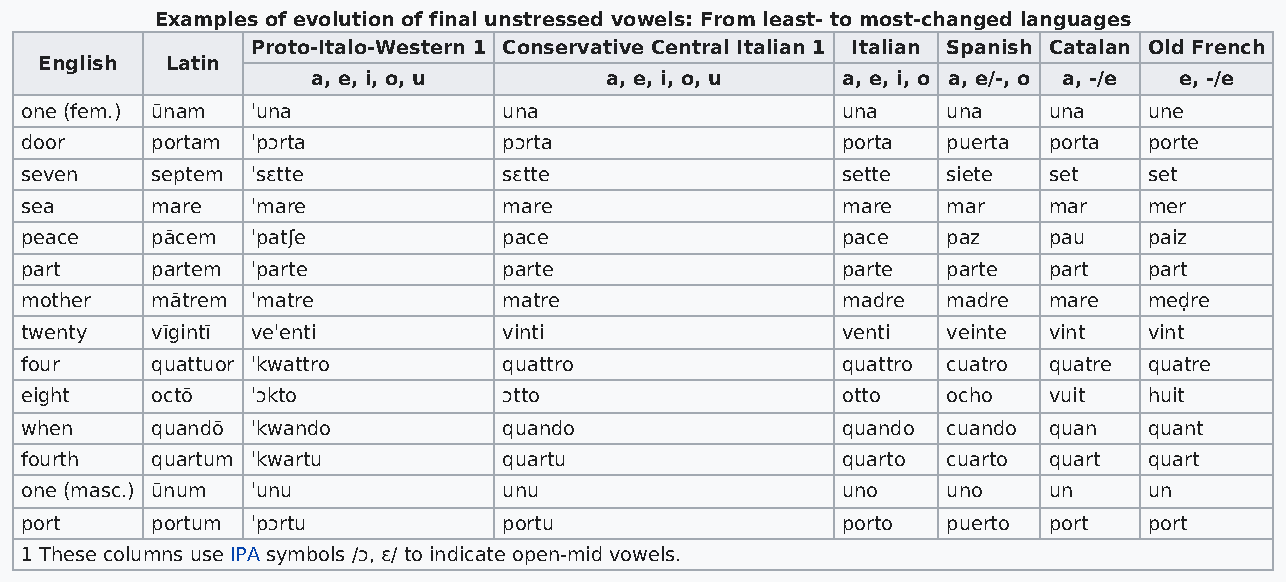
Examples of evolution of final unstressed vowels: From least- to most-changed languages
 Proto-Italo-Western 1 Conservative Central Italian 1 Italian Spanish Catalan Old French
 English Latin
 a, e, i, o, u      a, e, i, o, u   a, e, i, o a, e/-, o a, -/e e, -/e
 one (fem.) ūnam ˈuna            una                    una    una   una    une
 door     portam ˈpɔrta          pɔrta                  porta  puerta porta porte
 seven    septem ˈsɛtte          sɛtte                  sette  siete set    set
 sea      mare   ˈmare           mare                   mare   mar   mar    mer
 peace    pācem  ˈpatʃe          pace                   pace   paz   pau    paiz
 part     partem ˈparte          parte                  parte  parte part   part
 mother   mātrem ˈmatre          matre                  madre  madre mare   meḍre
 twenty   vīgintī veˈenti        vinti                  venti  veinte vint  vint
 four     quattuor ˈkwattro      quattro                quattro cuatro quatre quatre
 eight    octō   ˈɔkto           ɔtto                   otto   ocho  vuit   huit
 when     quandō ˈkwando         quando                 quando cuando quan  quant
 fourth   quartum ˈkwartu        quartu                 quarto cuarto quart quart
 one (masc.) ūnum ˈunu           unu                    uno    uno   un     un
 port     portum ˈpɔrtu          portu                  porto  puerto port  port
 1 These columns use IPA symbols /ɔ, ɛ/ to indicate open-mid vowels.